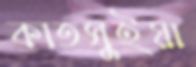
কাতসুইয়া